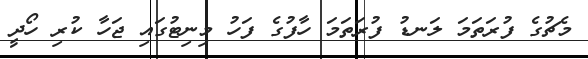
މެޗުގެ ފުރަތަމަ ލަނޑު ފުރަތަމަ ހާފުގެ ފަހު މިނިޓުގައި ޖަހާ ކުރި ހޯދީ